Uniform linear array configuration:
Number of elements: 48
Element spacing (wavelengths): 0.75
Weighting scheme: blackman
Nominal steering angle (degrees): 60
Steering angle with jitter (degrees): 61.511
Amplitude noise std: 0.05
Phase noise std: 0.05

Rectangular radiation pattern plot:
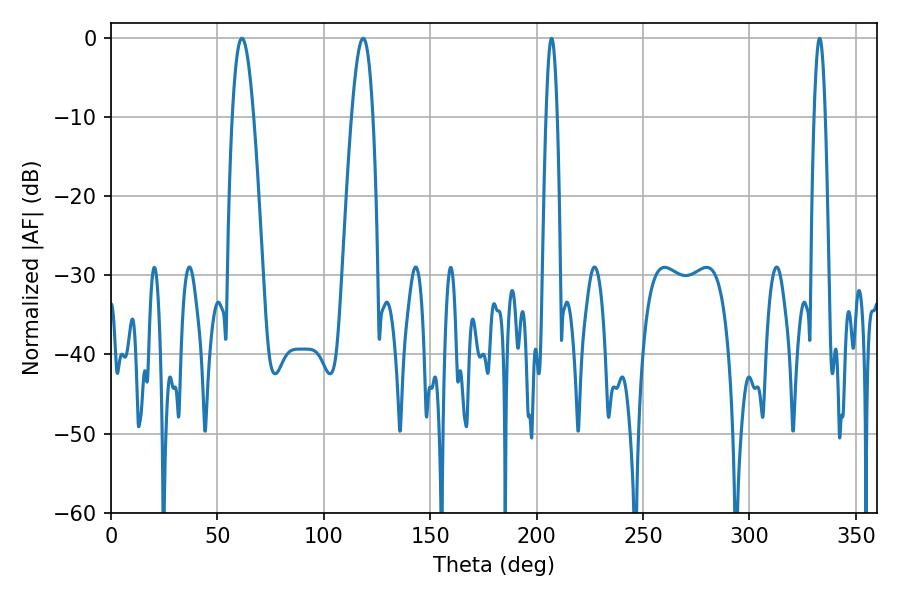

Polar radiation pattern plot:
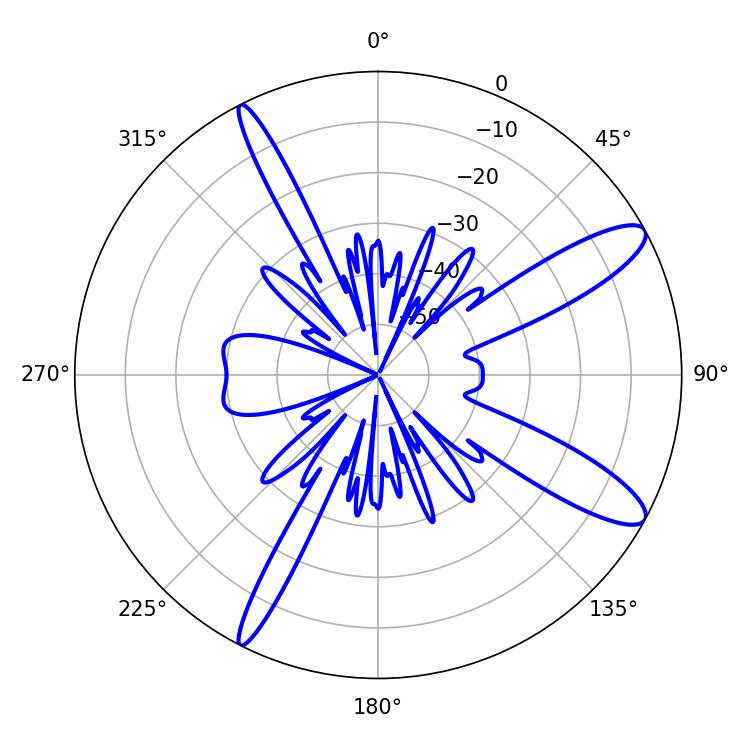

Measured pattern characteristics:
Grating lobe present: TRUE
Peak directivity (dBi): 11.788
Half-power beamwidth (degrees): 5.58
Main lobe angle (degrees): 61.56